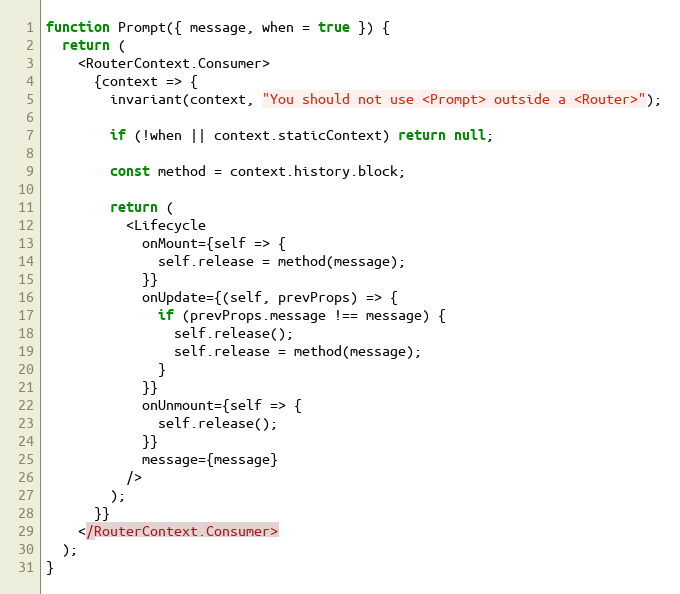
Language: JavaScript
function Prompt({ message, when = true }) {
  return (
    <RouterContext.Consumer>
      {context => {
        invariant(context, "You should not use <Prompt> outside a <Router>");

        if (!when || context.staticContext) return null;

        const method = context.history.block;

        return (
          <Lifecycle
            onMount={self => {
              self.release = method(message);
            }}
            onUpdate={(self, prevProps) => {
              if (prevProps.message !== message) {
                self.release();
                self.release = method(message);
              }
            }}
            onUnmount={self => {
              self.release();
            }}
            message={message}
          />
        );
      }}
    </RouterContext.Consumer>
  );
}